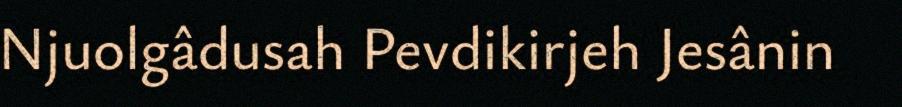
Njuolgâdusah Pevdikirjeh Jesânin